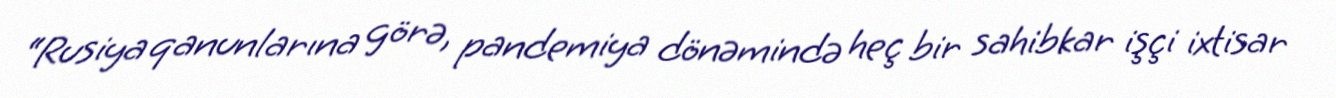
“Rusiya qanunlarına görə, pandemiya dönəmində heç bir sahibkar işçi ixtisar